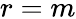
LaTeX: r=m